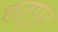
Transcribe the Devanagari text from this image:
छतुपुर